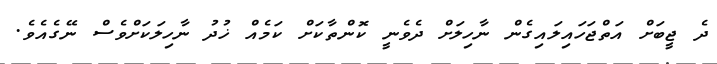
ދެ ޖީބަށް އަތްޖަހައިލައިގެން ނާހިލަށް ދެވެނީ ކޮންތާކަށް ކަމެއް ޚުދު ނާހިލަކަށްވެސް ނޭގެއެވެ.